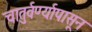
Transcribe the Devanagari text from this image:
चातुर्वर्ण्यापासून